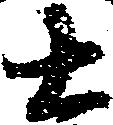
右